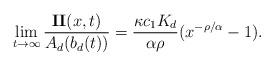
LaTeX: \begin{align*} \lim_{t\to \infty} \frac{{\bf{II}}(x,t)}{A_{d}(b_{d}(t))} & = \frac{ \kappa c_{1}K_{d}}{\alpha \rho} (x^{-\rho/\alpha}-1). \end{align*}